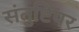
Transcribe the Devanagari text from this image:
संतुष्टिपर